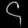
Digit: ၄